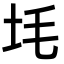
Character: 㘪